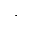
,